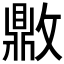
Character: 𰕗